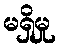
မရှိမှု